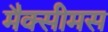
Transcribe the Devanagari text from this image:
मैक्सीमस